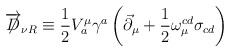
\begin{align*}\overrightarrow{\not\!\!D}_{\nu R}\equiv\frac{1}{2}V^{\mu}_{a}\gamma^{a}\left(\vec{\partial}_{\mu}+\frac{1}{2}\omega_{\mu}^{cd}\sigma_{cd}\right)\end{align*}